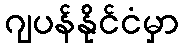
ဂျပန်နိုင်ငံမှာ